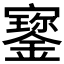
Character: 𡫷